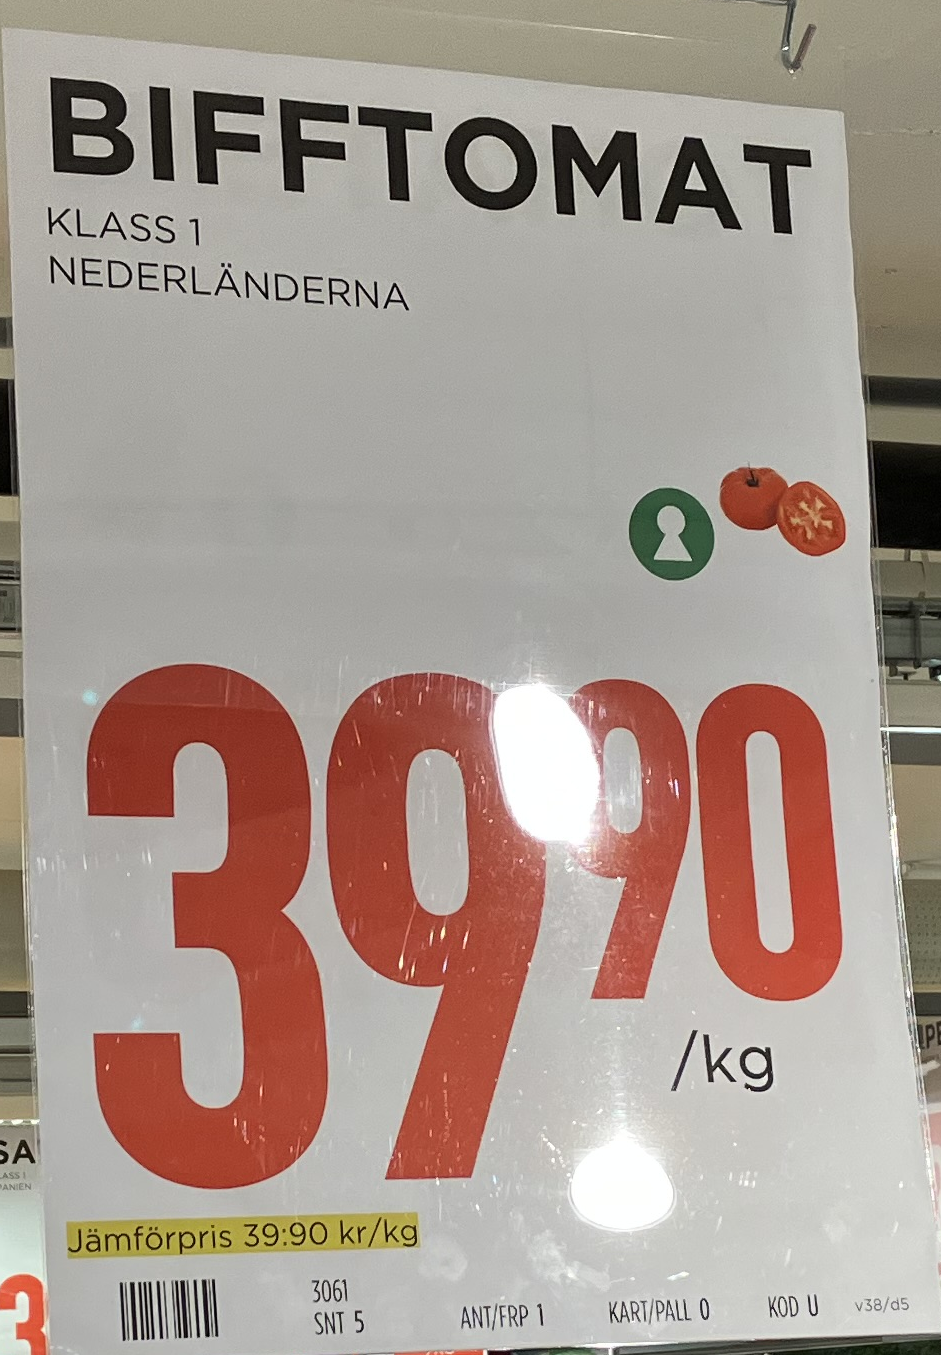
Vara: Bifftomat
Genomsnittspris: 39.9 per kg